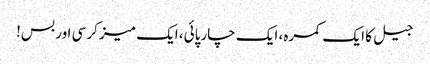
جیل کا ایک کمرہ، ایک چارپائی، ایک میز کرسی اور بس!